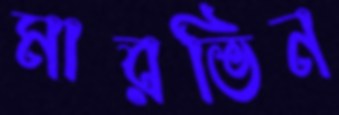
মারভিন